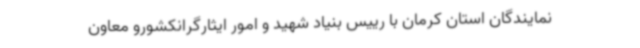
نمایندگان استان کرمان با رییس بنیاد شهید و امور ایثارگرانکشورو معاون